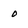
Character: 0